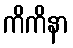
ကိကိနာ